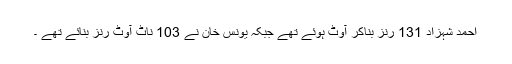
احمد شہزاد 131 رنز بناکر آوٹ ہوئے تھے جبکہ یونس خان نے 103 ناٹ آوٹ رنز بنائے تھے ۔